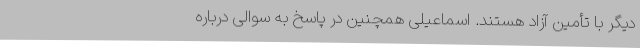
دیگر با تأمین آزاد هستند. اسماعیلی همچنین در پاسخ به سوالی درباره